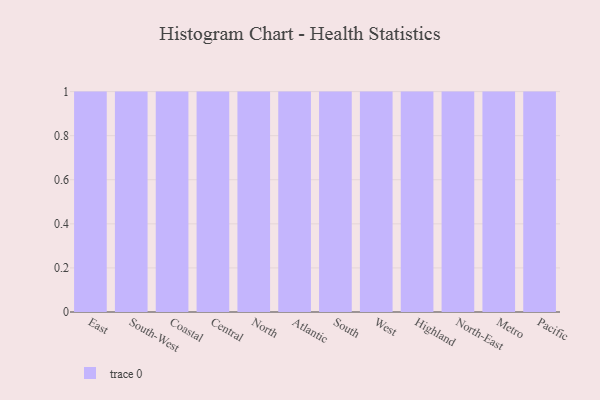
{"axis": {"x": "Region", "y": "Temperature (°C)"}, "legend": [""], "data": [{"x": "East", "y": 71, "type": ""}, {"x": "South-West", "y": 18, "type": ""}, {"x": "Coastal", "y": 99, "type": ""}, {"x": "Central", "y": 70, "type": ""}, {"x": "North", "y": 24, "type": ""}, {"x": "Atlantic", "y": 50, "type": ""}, {"x": "South", "y": 65, "type": ""}, {"x": "West", "y": 26, "type": ""}, {"x": "Highland", "y": 98, "type": ""}, {"x": "North-East", "y": 54, "type": ""}, {"x": "Metro", "y": 68, "type": ""}, {"x": "Pacific", "y": 51, "type": ""}]}